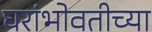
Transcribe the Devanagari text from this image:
घरांभोवतीच्या